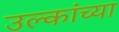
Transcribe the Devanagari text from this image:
उल्कांच्या